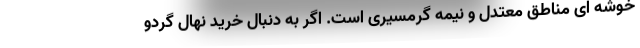
خوشه ‌­ای مناطق معتدل و نیمه گرمسیری است. اگر به دنبال خرید نهال گردو